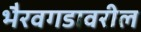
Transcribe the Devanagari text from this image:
भैरवगडावरील